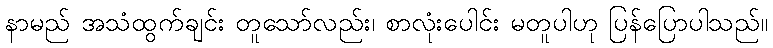
နာမည် အသံထွက်ချင်း တူသော်လည်း၊ စာလုံးပေါင်း မတူပါဟု ပြန်ပြောပါသည်။